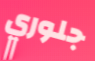
جلوري